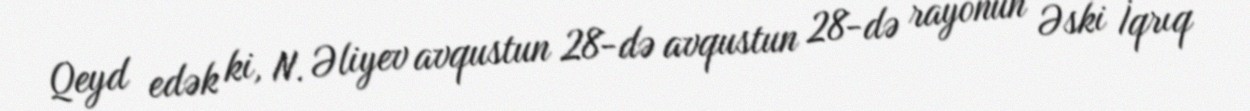
Qeyd edək ki, N. Əliyev avqustun 28-də avqustun 28-də rayonun Əski İqrıq